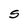
Character: S